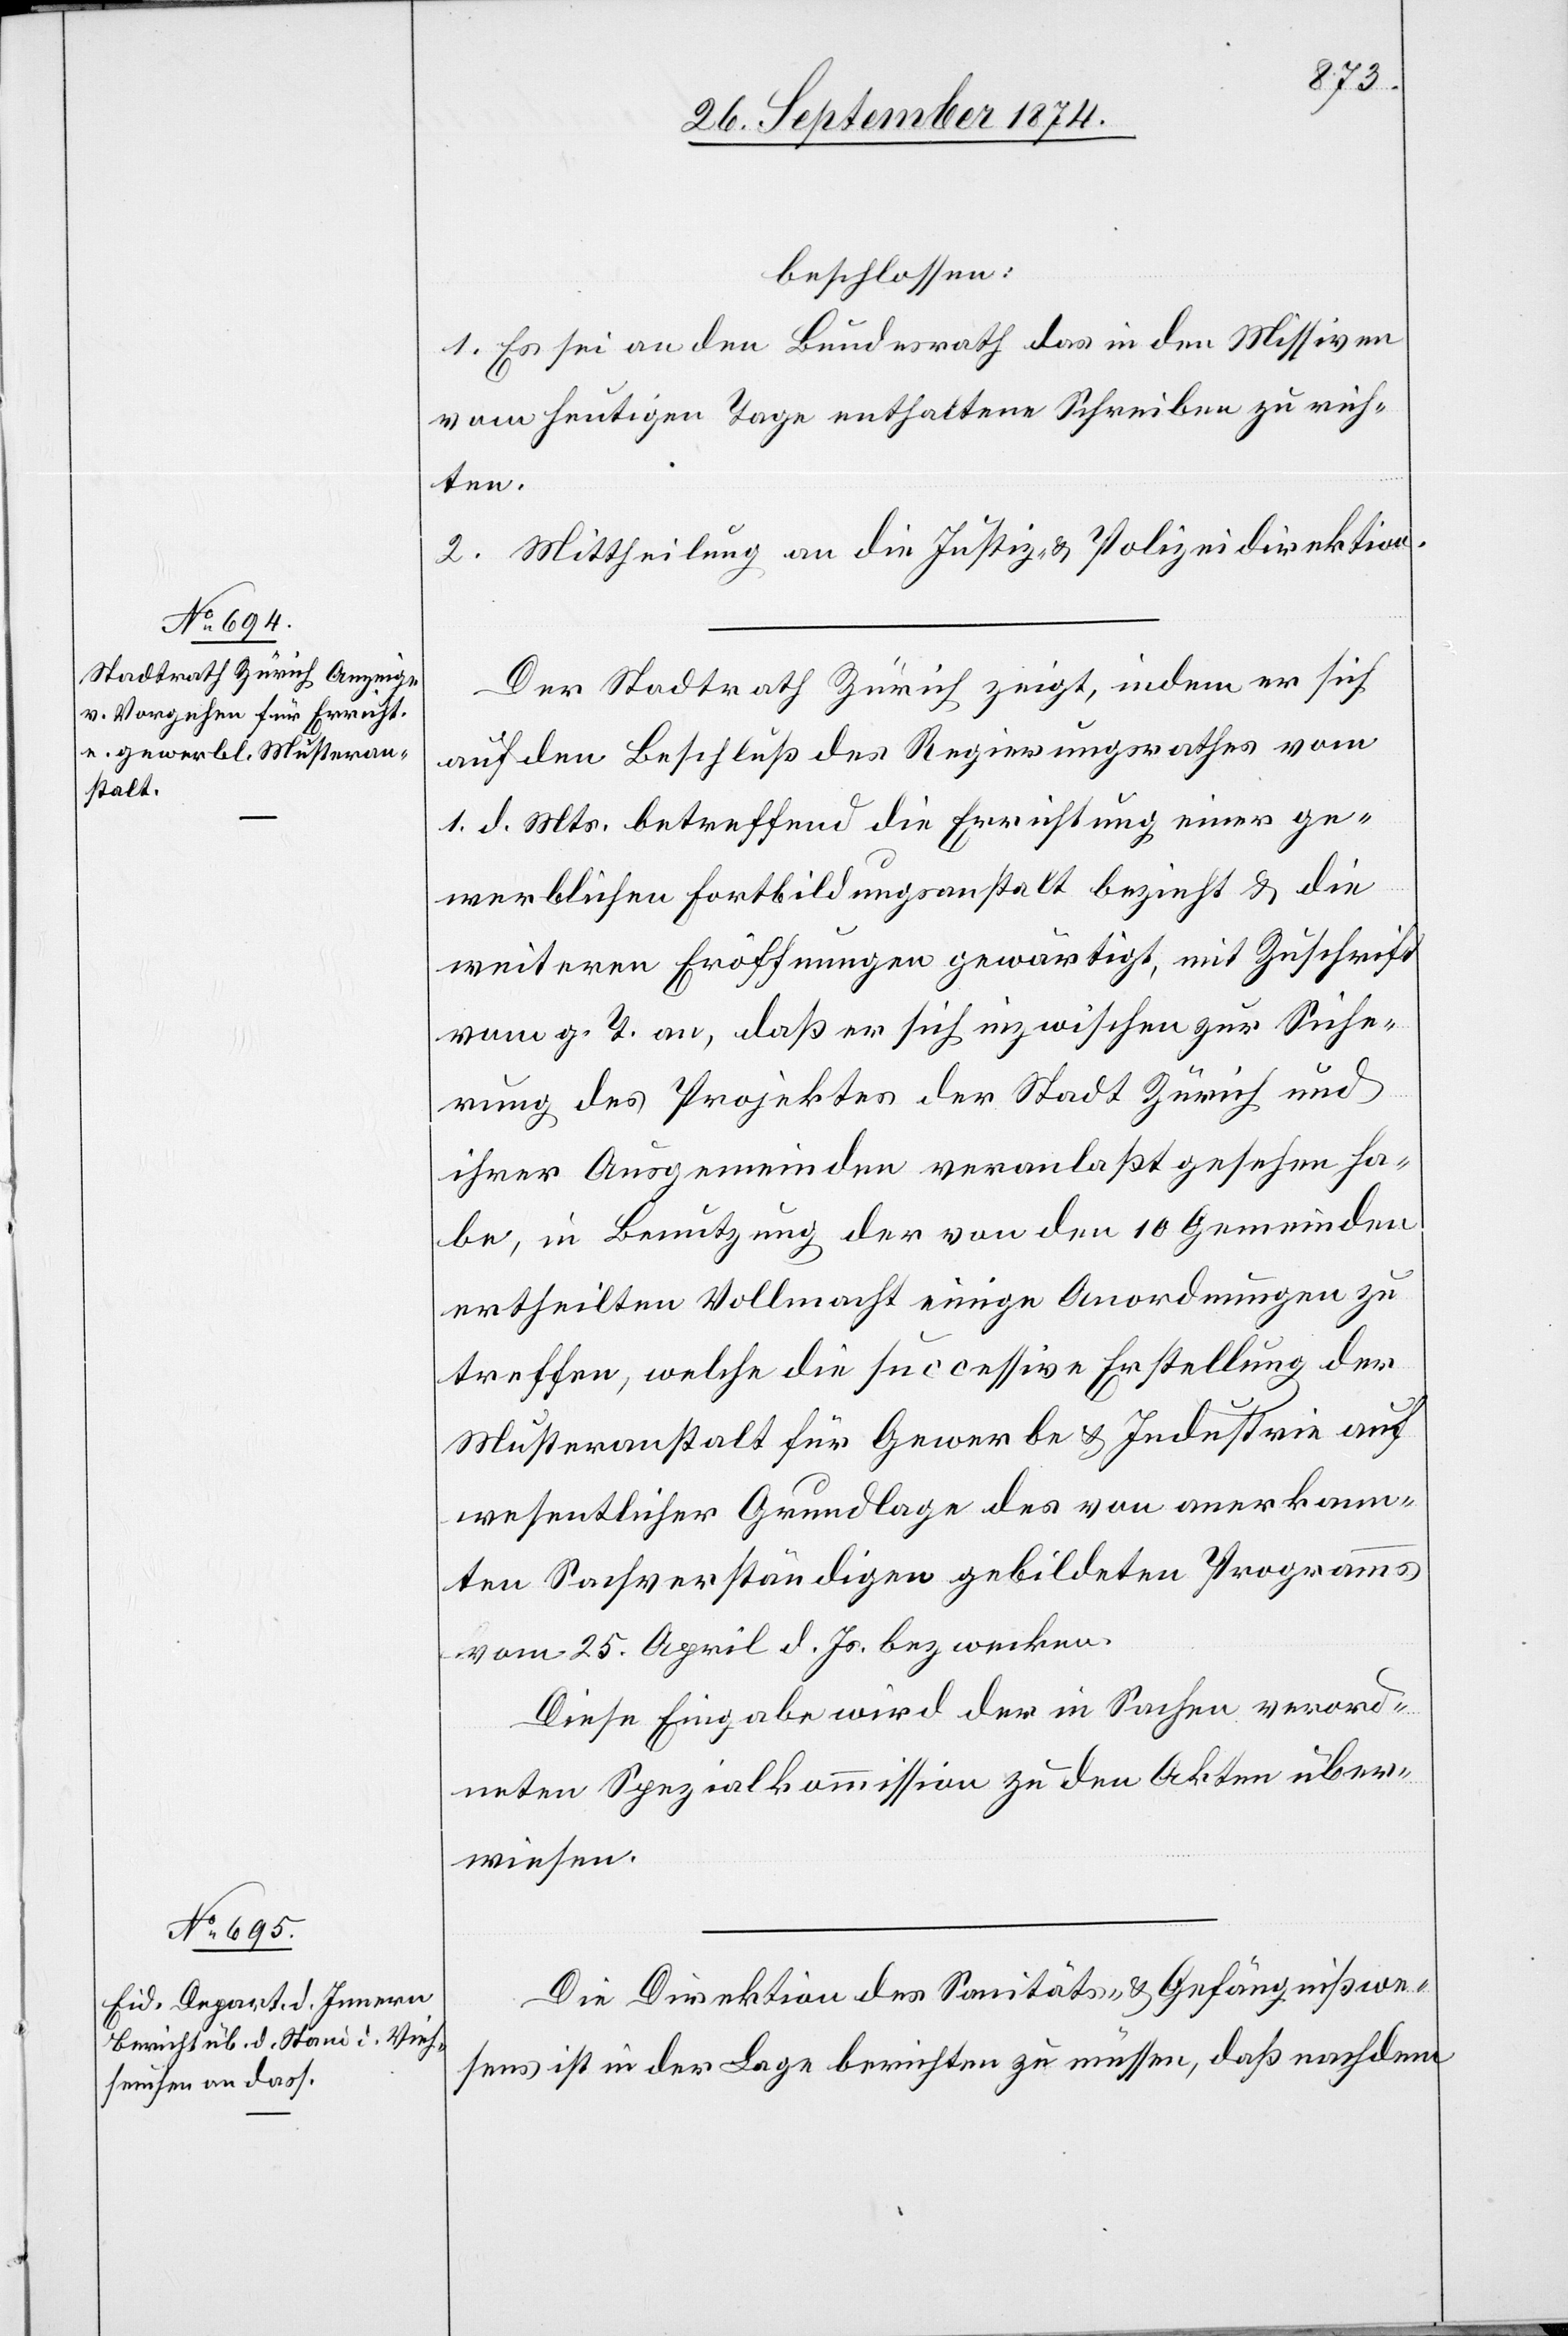
30. September 1874.]
beschlossen:
1. Es sei an den Bundesrath das in den Missiven
vom heutigen Tage enthaltene Schreiben zu rich¬
ten.
2. Mittheilung an die Justiz- & Polizeidirektion.
Der Stadtrath Zürich zeigt, indem er sich
auf den Beschluß des Regierungsrathes vom
1. d. Mts. betreffend die Errichtung einer ge¬
werblichen Fortbildungsanstalt bezieht & die
weiteren Eröffnungen gewärtigt, mit Zuschrift
vom g. T. an, daß er sich inzwischen zur Siche¬
rung des Projektes der Stadt Zürich und
ihrer Ausgemeinden veranlaßt gesehen ha¬
be, in Benutzung der von den 10 Gemeinden
ertheilten Vollmacht einige Anordnungen zu
treffen, welche die successive Erstellung der
Musteranstalt für Gewerbe & Industrie auf
wesentlicher Grundlage des von anerkann¬
ten Sachverständigen gebildeten Programms
vom 25. April d. Js. bezwecken.
Diese Eingabe wird der in Sachen verord¬
neten Spezialkommission zu den Akten über¬
wiesen.
Die Direktion des Sanitäts- & Gefängnißwe¬
sens ist in der Lage berichten zu müssen, daß nachdem